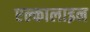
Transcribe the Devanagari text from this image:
एल्कालाइन